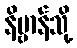
နိဗ္ဗာန်သို့